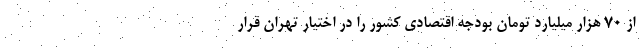
از ۷۰ هزار میلیارد تومان بودجه اقتصادی کشور را در اختیار تهران قرار